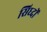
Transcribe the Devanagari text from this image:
सिध्दों